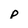
Character: p